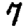
Digit: 7